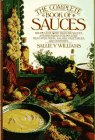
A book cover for The Complete Book of Sauces; Sallie Y. Williams; Cookbooks, Food & Wine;